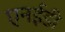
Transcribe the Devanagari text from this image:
एनईडी